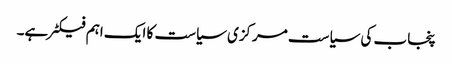
پنجاب کی سیاست مرکزی سیاست کا ایک اہم فیکٹر ہے۔